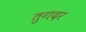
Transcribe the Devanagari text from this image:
तुगदर